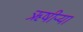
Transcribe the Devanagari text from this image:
ऋषीऱ्या